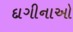
દાગીનાઓ